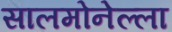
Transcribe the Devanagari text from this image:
सालमोनेल्ला